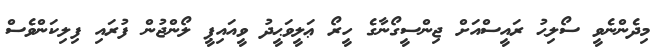
މިދެންނެވީ ސޯލިޙު ރައީސްއަށް ޖިންސީގޯނާގެ ހީރޯ ޢަލީވަޙީދު ވީއައިޕީ ލޯންޖުން ފުރައި ފިލިކަންވެސް